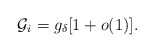
\begin{align*} \mathcal{G}_i=g_\delta[1+o(1)].\end{align*}